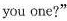
you one?"